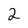
Character: 2